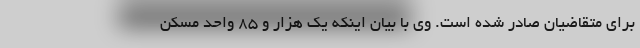
برای متقاضیان صادر شده است. وی با بیان اینکه یک هزار و ۸۵ واحد مسکن